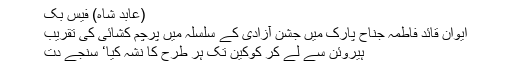
(عابد شاہ) فیس بک
ایوانِ قائد فاطمہ جناح پارک میں جشنِ آزادی کے سلسلہ میں پرچم کشائی کی تقریب
ہیروئن سے لے کر کوکین تک ہر طرح کا نشہ کیا‘ سنجے دت